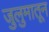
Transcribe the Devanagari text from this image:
जुलुमातून